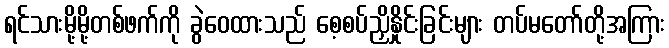
ရင်သားမို့မို့တစ်ဖက်ကို ခွဲဝေထားသည် စေ့စပ်ညှိနှိုင်းခြင်းများ တပ်မတော်တို့အကြား